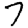
Digit: 7